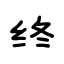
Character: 终